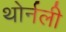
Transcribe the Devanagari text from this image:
थोर्नली